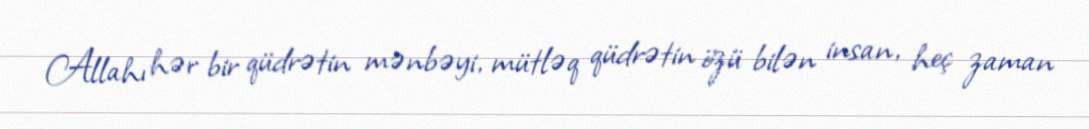
Allahı hər bir qüdrətin mənbəyi, mütləq qüdrətin özü bilən insan, heç zaman